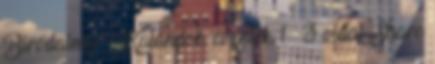
Birodalma :: Kalandok, eventek 1 3 oldal Share